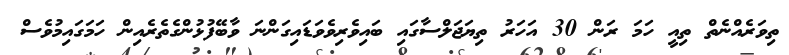
ތިވަރެއްނެތް ތިއީ ހަމަ ރަން 30 އަހަރު ތިޔަޖަލްސާގައި ބައިވެރިވެވަޑައިގަންނަ ވާބޭފުޅުންގެތެރެއިން ހަމަގައިމުވެސް